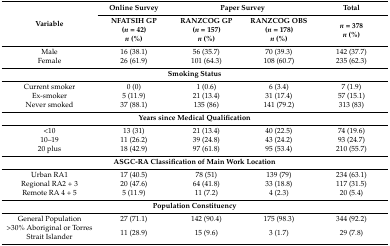
<table><thead><tr><td rowspan="2"><b>Variable</b></td><td><b>Online Survey</b></td><td colspan="2"><b>Paper Survey</b></td><td><b>Total</b></td></tr><tr><td><b>NFATSIH GP(<i>n</i> = 42)<i>n</i> (%)</b></td><td><b>RANZCOG GP(<i>n</i> = 157)<i>n</i> (%)</b></td><td><b>RANZCOG OBS(<i>n</i> = 178)<i>n</i> (%)</b></td><td><b><i>n</i> = 378<i>n</i> (%)</b></td></tr></thead><tbody><tr><td>Male</td><td>16 (38.1)</td><td>56 (35.7)</td><td>70 (39.3)</td><td>142 (37.7)</td></tr><tr><td>Female</td><td>26 (61.9)</td><td>101 (64.3)</td><td>108 (60.7)</td><td>235 (62.3)</td></tr><tr><td colspan="5"><b>Smoking Status</b></td></tr><tr><td>Current smoker</td><td>0 (0)</td><td>1 (0.6)</td><td>6 (3.4)</td><td>7 (1.9)</td></tr><tr><td>Ex-smoker</td><td>5 (11.9)</td><td>21 (13.4)</td><td>31 (17.4)</td><td>57 (15.1)</td></tr><tr><td>Never smoked</td><td>37 (88.1)</td><td>135 (86)</td><td>141 (79.2)</td><td>313 (83)</td></tr><tr><td colspan="5"><b>Years since Medical Qualification</b></td></tr><tr><td>&lt;10</td><td>13 (31)</td><td>21 (13.4)</td><td>40 (22.5)</td><td>74 (19.6)</td></tr><tr><td>10–19</td><td>11 (26.2)</td><td>39 (24.8)</td><td>43 (24.2)</td><td>93 (24.7)</td></tr><tr><td>20 plus</td><td>18 (42.9)</td><td>97 (61.8)</td><td>95 (53.4)</td><td>210 (55.7)</td></tr><tr><td colspan="5"><b>ASGC-RA Classification of Main Work Location</b></td></tr><tr><td>Urban RA1</td><td>17 (40.5)</td><td>78 (51)</td><td>139 (79)</td><td>234 (63.1)</td></tr><tr><td>Regional RA2 + 3</td><td>20 (47.6)</td><td>64 (41.8)</td><td>33 (18.8)</td><td>117 (31.5)</td></tr><tr><td>Remote RA 4 + 5 </td><td>5 (11.9)</td><td>11 (7.2)</td><td>4 (2.3)</td><td>20 (5.4)</td></tr><tr><td colspan="5"><b>Population Constituency</b></td></tr><tr><td>General Population</td><td>27 (71.1)</td><td>142 (90.4)</td><td>175 (98.3)</td><td>344 (92.2)</td></tr><tr><td>&gt;30% Aboriginal or Torres Strait Islander</td><td>11 (28.9)</td><td>15 (9.6)</td><td>3 (1.7)</td><td>29 (7.8)</td></tr></tbody></table>